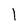
Character: 1